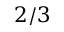
2 / 3